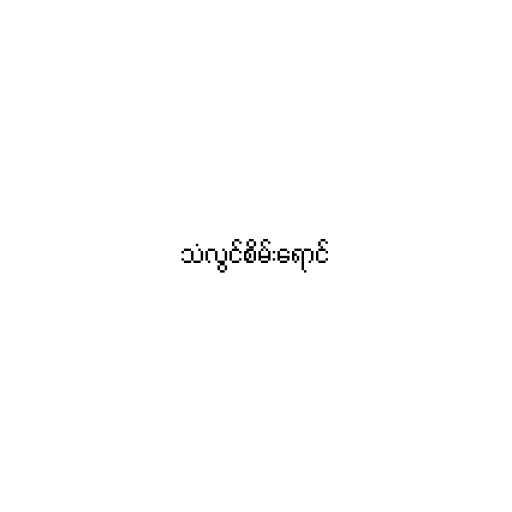
သံလွင်စိမ်းရောင်